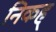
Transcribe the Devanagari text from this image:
निकह्